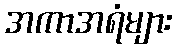
အကာအရံများ